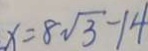
x = 8 \sqrt { 3 } - 1 4